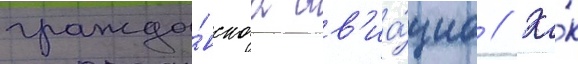
гражда́нскаа ав'иа́циа // Ка́к